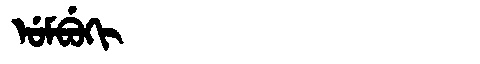
Manchu: ᡠᠮᠪᡠᡴᡳ
Romanization: UMBUKI